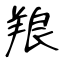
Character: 羪